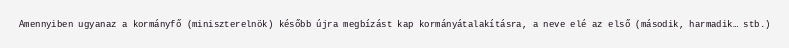
Amennyiben ugyanaz a kormányfő (miniszterelnök) később újra megbízást kap kormányátalakításra, a neve elé az első (második, harmadik… stb.)